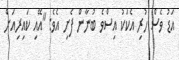
އަޑު ވެސް ހުރި އެކަކު އިސްވެ ބުނާން ފެށި އެވެ: "އޭއި ކައިރިއަށް